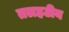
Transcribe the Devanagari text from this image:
तलहटीय